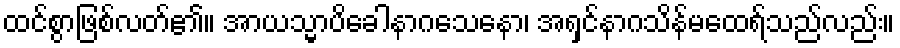
ထင်စွာဖြစ်လတ်၏။ အာယသ္မာပိခေါနာဂသေနော၊ အရှင်နာဂသိန်မထေရ်သည်လည်း။